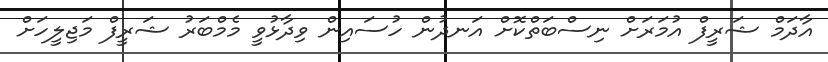
އާދަމް ޝަރީފް އުމަރަށް ނިސްބަތްކޮށް އަނދުން ހުސައިން ވިދާޅުވީ މެމްބަރު ޝަރީފް މަޖިލީހަށް